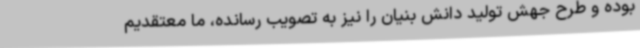
بوده و طرح جهش تولید دانش بنیان را نیز به تصویب رسانده، ما معتقدیم